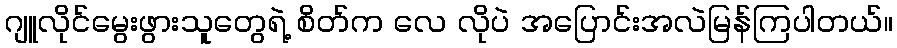
ဂျူလိုင်မွေးဖွားသူတွေရဲ့ စိတ်က လေ လိုပဲ အပြောင်းအလဲမြန်ကြပါတယ်။